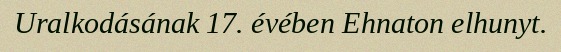
Uralkodásának 17. évében Ehnaton elhunyt.